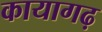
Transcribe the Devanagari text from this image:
कायागढ़